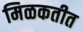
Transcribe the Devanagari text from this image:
मिळकतीत